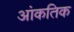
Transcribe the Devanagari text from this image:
आंकतिक